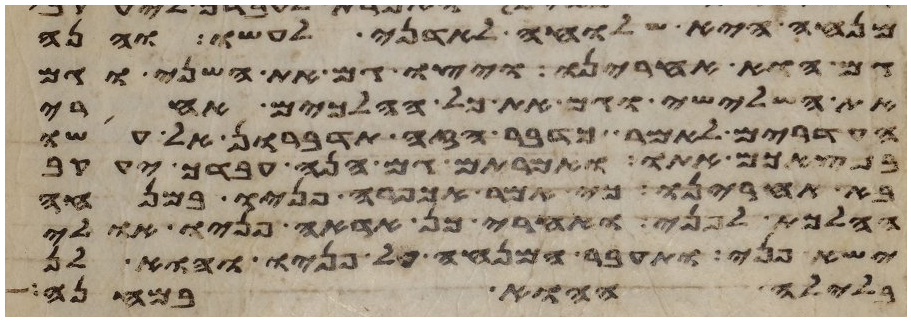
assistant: מנחה היא שלוחה לאדני לעשו והנה
גם הוא אחרינו ויצו גם את השני וגם
את השלישי וגם את כל ההלכים אחרי
העדרים לאמר כדבר הזה תדברון אל עשו
במצאכם אתו ואמרתם גם הנה עבדך יעקב
בא אחרינו כי אמר אכפרה פניו במנחה
ההלכת לפני ואחרי כן אראה פניו אולי
ישא פני ותעבר המנחה על פניו והוא לן
בלילה ההוא במחנה